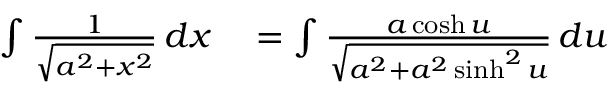
\begin{array} { r l } { \int { \frac { 1 } { \sqrt { a ^ { 2 } + x ^ { 2 } } } } \, d x } & { { } = \int { \frac { a \cosh u } { \sqrt { a ^ { 2 } + a ^ { 2 } \sinh ^ { 2 } u } } } \, d u } \end{array}